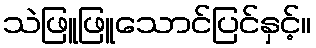
သဲဖြူဖြူသောင်ပြင်နှင့်။